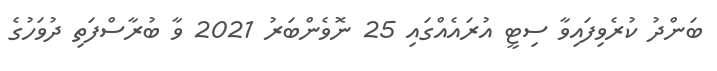
ބަންދު ކުރެވިފައިވާ ސިޓީ އުރައެއްގައި 25 ނޮވެންބަރު 2021 ވާ ބުރާސްފަތި ދުވަހުގެ